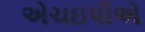
એચઇપીએ